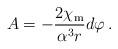
LaTeX: \begin{align*}A=-\frac{2 \chi_{\rm m}}{\alpha^3 r} d\varphi \:. \end{align*}